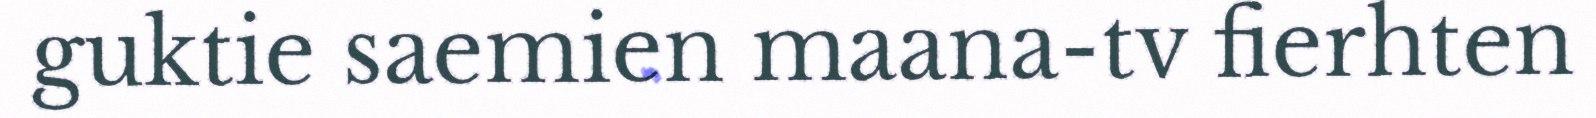
guktie saemien maana-tv fierhten